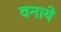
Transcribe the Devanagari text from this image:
वनाये